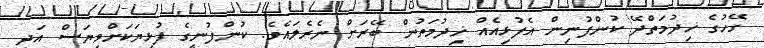
ގޭހުގެ ޚިދުމަތްދޭ ކުންފުނިން އެފުޅިއެއް ޚިދުމަތުން ބޭރަށް ނެރެލައެވެ. ކުންފުނީގެ ފުޅިޔަކަށްވިޔަސް އަދި